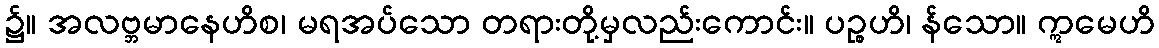
၌။ အလဗ္ဘမာနေဟိစ၊ မရအပ်သော တရားတို့မှလည်းကောင်း။ ပဉ္စဟိ၊ န်သော။ ဣမေဟိ